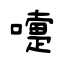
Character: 嚏